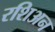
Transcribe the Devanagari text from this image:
रशिअन